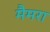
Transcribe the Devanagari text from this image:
मैमरा